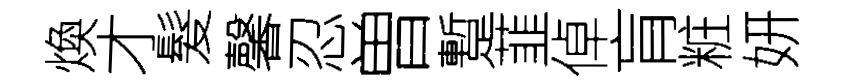
煥才髮馨忍曽蹔韮倬肓粧妍